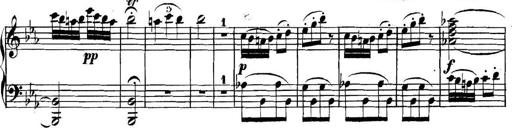
Title: Collected Piano Sonatas
Composer: Muzio Clementi